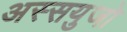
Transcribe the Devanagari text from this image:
अस्सयुजो